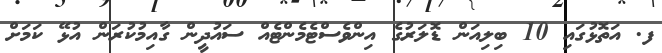
ފ. އަތޮޅުގައި 10 ބިލިއަން ޑޮލަރުގެ އިންވެސްޓެމެންޓެއް ސައުދީން ގާއިމުކުރަން އުޅޭ ކަމަށް